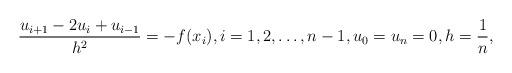
LaTeX: \begin{align*}\frac{u_{i+1} - 2 u_i + u_{i-1}}{h^2} = - f(x_i), i = 1, 2, \ldots, n-1, u_0 = u_n = 0, h = \frac{1}{n},\end{align*}